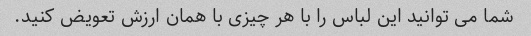
شما می توانید این لباس را با هر چیزی با همان ارزش تعویض کنید.